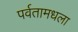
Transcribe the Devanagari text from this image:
पर्वतामधला